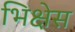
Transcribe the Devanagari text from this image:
भिक्षेस